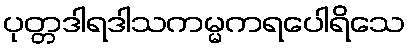
ပုတ္တဒါရဒါသကမ္မကရပေါရိသေ